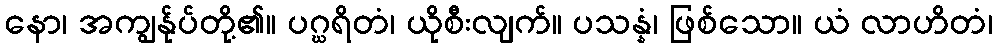
နော၊ အကျွန်ုပ်တို့၏။ ပဂ္ဃရိတံ၊ ယိုစီးလျက်။ ပသန္နံ၊ ဖြစ်သော။ ယံ လာဟိတံ၊